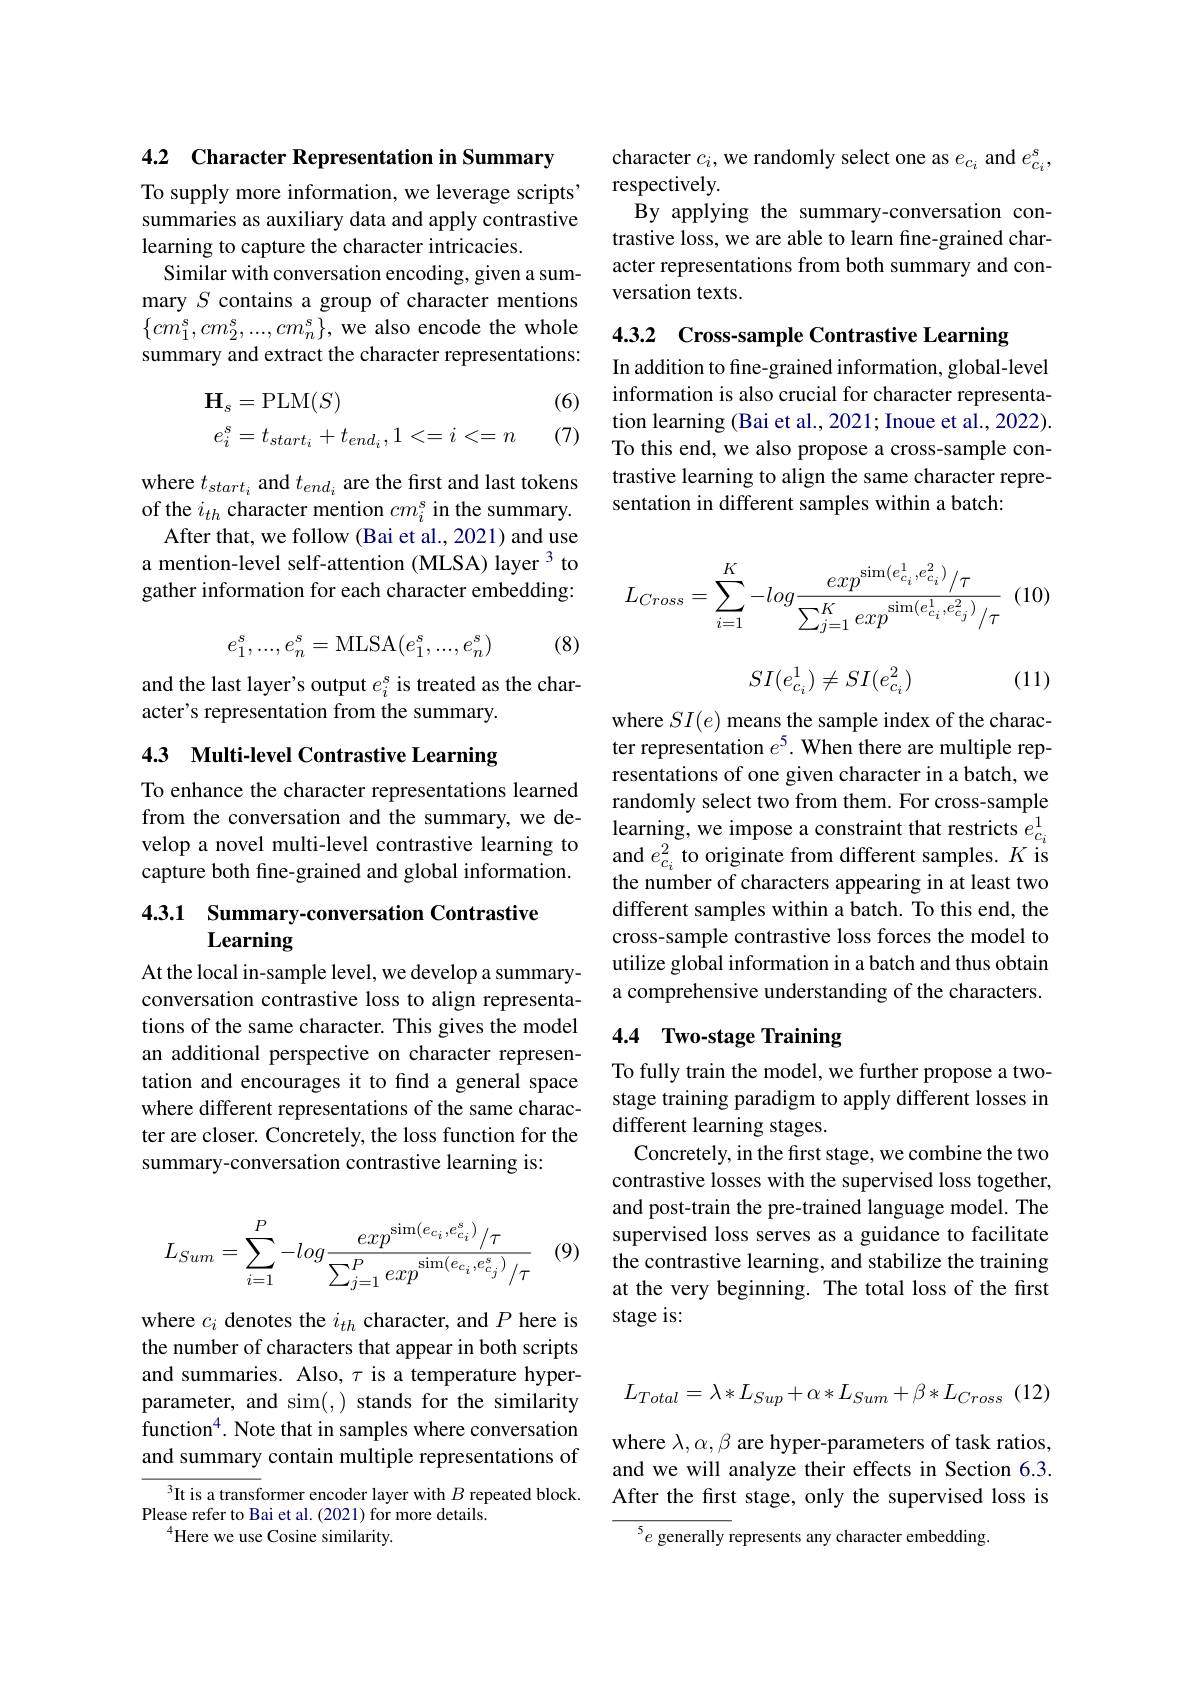
4.2 Character Representation in Summary

To supply more information, we leverage scripts' summaries as auxiliary data and apply contrastive learning to capture the character intricacies.
Similar with conversation encoding, given a summary $S$ contains a group of character mentions $\{cm_{1}^{s},cm_{2}^{s},...,cm_{n}^{s}\}$,we also encode the whole summary and extract the character representations:

(6)
$$\begin{aligned}&\mathbf{H}_{s}=\mathrm{PLM}(S)\\&e_{i}^{s}=t_{start_{i}}+t_{end_{i}},1<=i<=n\end{aligned}$$
(7)

where $t_{start_i}$ and $t_{end_i}$ are the first and last tokens of the $i_{th}$ character mention $cm_i^s$ in the summary.
After that, we follow (Bai et al., 2021) and use a mention-level self-attention (MLSA) layer 3 to gather information for each character embedding:

(8)
$$e_1^s,...,e_n^s=\mathrm{MLSA}(e_1^s,...,e_n^s)$$
and the last layer's output $e_i^s$ is treated as the char-
acter's representation from the summary.

## 4.3 Multi-level Contrastive Learning

To enhance the character representations learned from the conversation and the summary, we develop a novel multi-level contrastive learning to capture both fine-grained and global information.

## 4.3.1 Summary-conversation Contrastive Learning

At the local in-sample level, we develop a summaryconversation contrastive loss to align representations of the same character. This gives the model an additional perspective on character representation and encourages it to find a general space where different representations of the same character are closer. Concretely, the loss function for the summary-conversation contrastive learning is:

(9)
$$L_{Sum}=\sum_{i=1}^P-log\frac{exp^{\sin(e_{c_i},e_{c_i}^s)}/\tau}{\sum_{j=1}^Pexp^{\sin(e_{c_i},e_{c_j}^s)}/\tau}$$
where $c_i$ denotes the $i_th$ character, and $P$ here is the number of characters that appear in both scripts and summaries. Also, $\tau$ is a temperature hyperparameter, and sim(,) stands for the similarity function$^{4}.$ Note that in samples where conversation and summary contain multiple representations of

$^3$It is a transformer encoder layer with $B$ repeated block.
Please refer to Bai et al. (2021) for more details.
$^{4}$Here we use Cosine similarity.

character $c_i$, we randomly select one as $e_{c_i}$ and $e_{c_i}^s$,
respectively.
By applying the summary-conversation contrastive loss, we are able to learn fine-grained character representations from both summary and conversation texts.

4.3.2 Cross-sample Contrastive Learning

In addition to fine-grained information, global-level information is also crucial for character representation learning (Bai et al., 2021; Inoue et al., 2022). To this end, we also propose a cross-sample contrastive learning to align the same character representation in different samples within a batch:
$$\begin{aligned}L_{Cross}&=\sum_{i=1}^K-log\frac{exp^{\sin(e_{c_i}^1,e_{c_i}^2)}/\tau}{\sum_{j=1}^Kexp^{\sin(e_{c_i}^1,e_{c_j}^2)}/\tau}\end{aligned}$$
$$SI(e_{c_i}^1)\neq SI(e_{c_i}^2)$$
(11)

where $SI(e)$ means the sample index of the character representation $e^5.$ When there are multiple representations of one given character in a batch, we randomly select two from them. For cross-sample learning, we impose a constraint that restricts $e_{c_i}^{1}$ and $e_{c_i}^2$ to originate from different samples. $K$ is the number of characters appearing in at least two different samples within a batch. To this end, the cross-sample contrastive loss forces the model to utilize global information in a batch and thus obtain a comprehensive understanding of the characters.

# 4.4 Two-stage Training

To fully train the model, we further propose a twostage training paradigm to apply different losses in different learning stages.
Concretely, in the first stage, we combine the two contrastive losses with the supervised loss together, and post-train the pre-trained language model. The supervised loss serves as a guidance to facilitate the contrastive learning, and stabilize the training at the very beginning. The total loss of the first stage is:

(12)
$$L_{Total}=\lambda*L_{Sup}+\alpha*L_{Sum}+\beta*L_{Cross}$$
where $\lambda,\alpha,\beta$ are hyper-parameters of task ratios, and we will analyze their effects in Section 6.3. After the frst stage, only the supervised loss is

$^5e$ generally represents any character embedding.